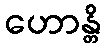
ဟောန္တိ